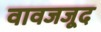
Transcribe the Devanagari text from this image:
वावजजूद